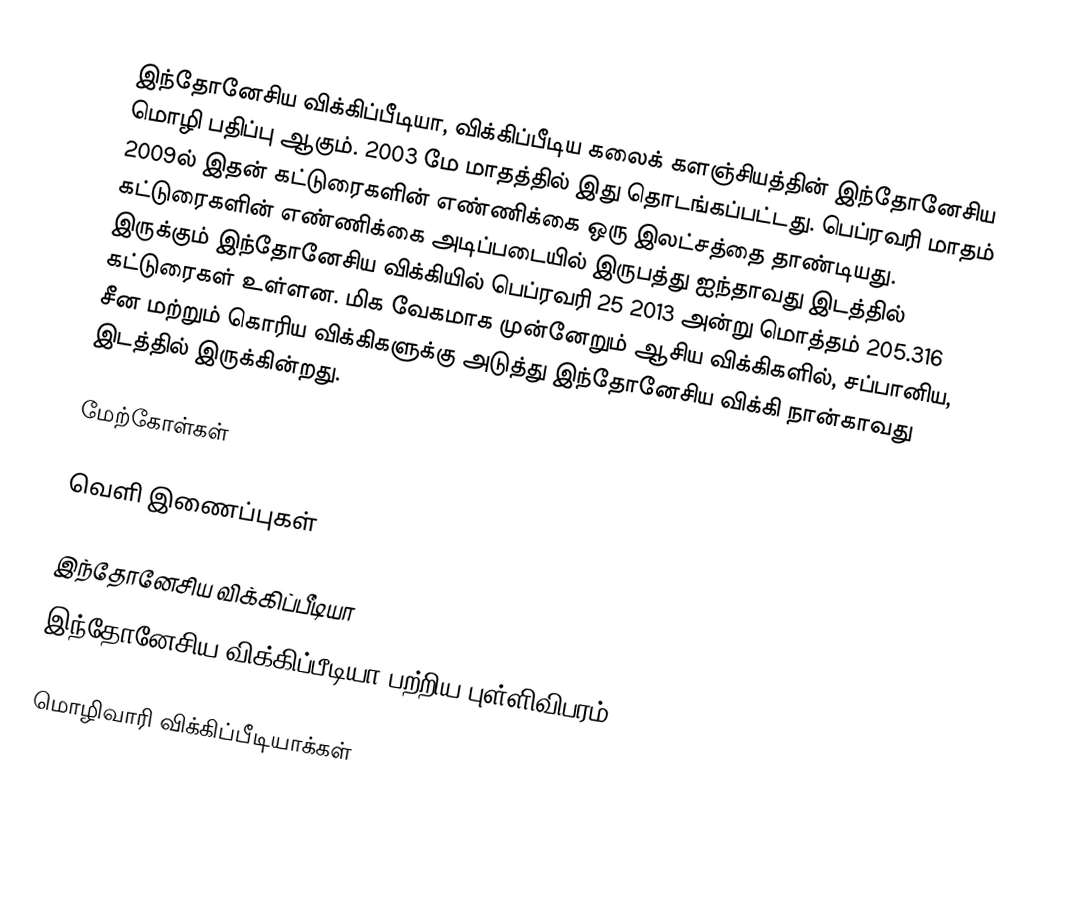
இந்தோனேசிய விக்கிப்பீடியா, விக்கிப்பீடிய கலைக் களஞ்சியத்தின் இந்தோனேசிய மொழி பதிப்பு ஆகும். 2003 மே மாதத்தில் இது தொடங்கப்பட்டது. பெப்ரவரி மாதம் 2009ல் இதன் கட்டுரைகளின் எண்ணிக்கை ஒரு இலட்சத்தை தாண்டியது. கட்டுரைகளின் எண்ணிக்கை அடிப்படையில் இருபத்து ஐந்தாவது இடத்தில் இருக்கும் இந்தோனேசிய விக்கியில் பெப்ரவரி 25 2013 அன்று மொத்தம் 205.316 கட்டுரைகள் உள்ளன. மிக வேகமாக முன்னேறும் ஆசிய விக்கிகளில், சப்பானிய, சீன மற்றும் கொரிய விக்கிகளுக்கு அடுத்து இந்தோனேசிய விக்கி நான்காவது இடத்தில் இருக்கின்றது.

மேற்கோள்கள்

வெளி இணைப்புகள்

இந்தோனேசிய விக்கிப்பீடியா
இந்தோனேசிய விக்கிப்பீடியா பற்றிய புள்ளிவிபரம்

மொழிவாரி விக்கிப்பீடியாக்கள்